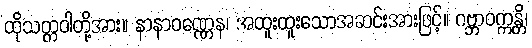
ထိုသတ္တဝါတို့အား။ နာနာဝဏ္ဏေန၊ အထူးထူးသောအဆင်းအားဖြင့်။ ဂဗ္ဘာဝက္ကန္တိ၊